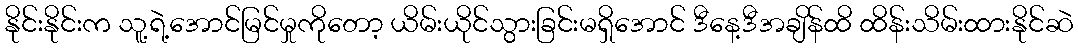
နိုင်းနိုင်းက သူ့ရဲ့အောင်မြင်မှုကိုတော့ ယိမ်းယိုင်သွားခြင်းမရှိအောင် ဒီနေ့ဒီအချိန်ထိ ထိန်းသိမ်းထားနိုင်ဆဲ